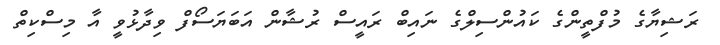
ރަޝިޔާގެ މުފްތީންގެ ކައުންސިލްގެ ނައިބް ރައީސް ރުޝާން އަބަޔަސޯފް ވިދާޅުވީ އާ މިސްކިތް